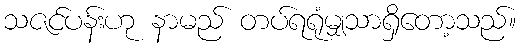
သဇင်ပန်းဟု နာမည် တပ်ရရုံမျှသာရှိတော့သည်။